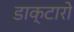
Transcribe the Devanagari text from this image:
डाक्टारो